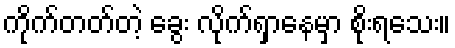
ကိုက်တတ်တဲ့ ခွေး လိုက်ရှာနေမှာ စိုးရသေး။